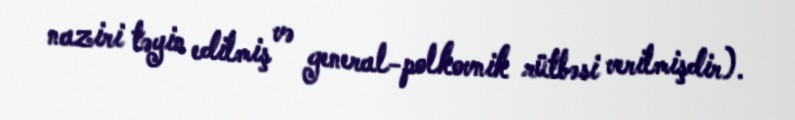
naziri təyin edilmiş və general-polkovnik rütbəsi verilmişdir).